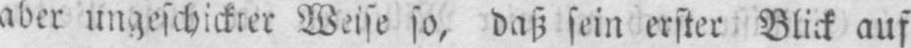
Weise so, daß sein erster Blick auf